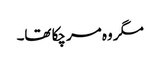
مگر وہ مر چکا تھا۔